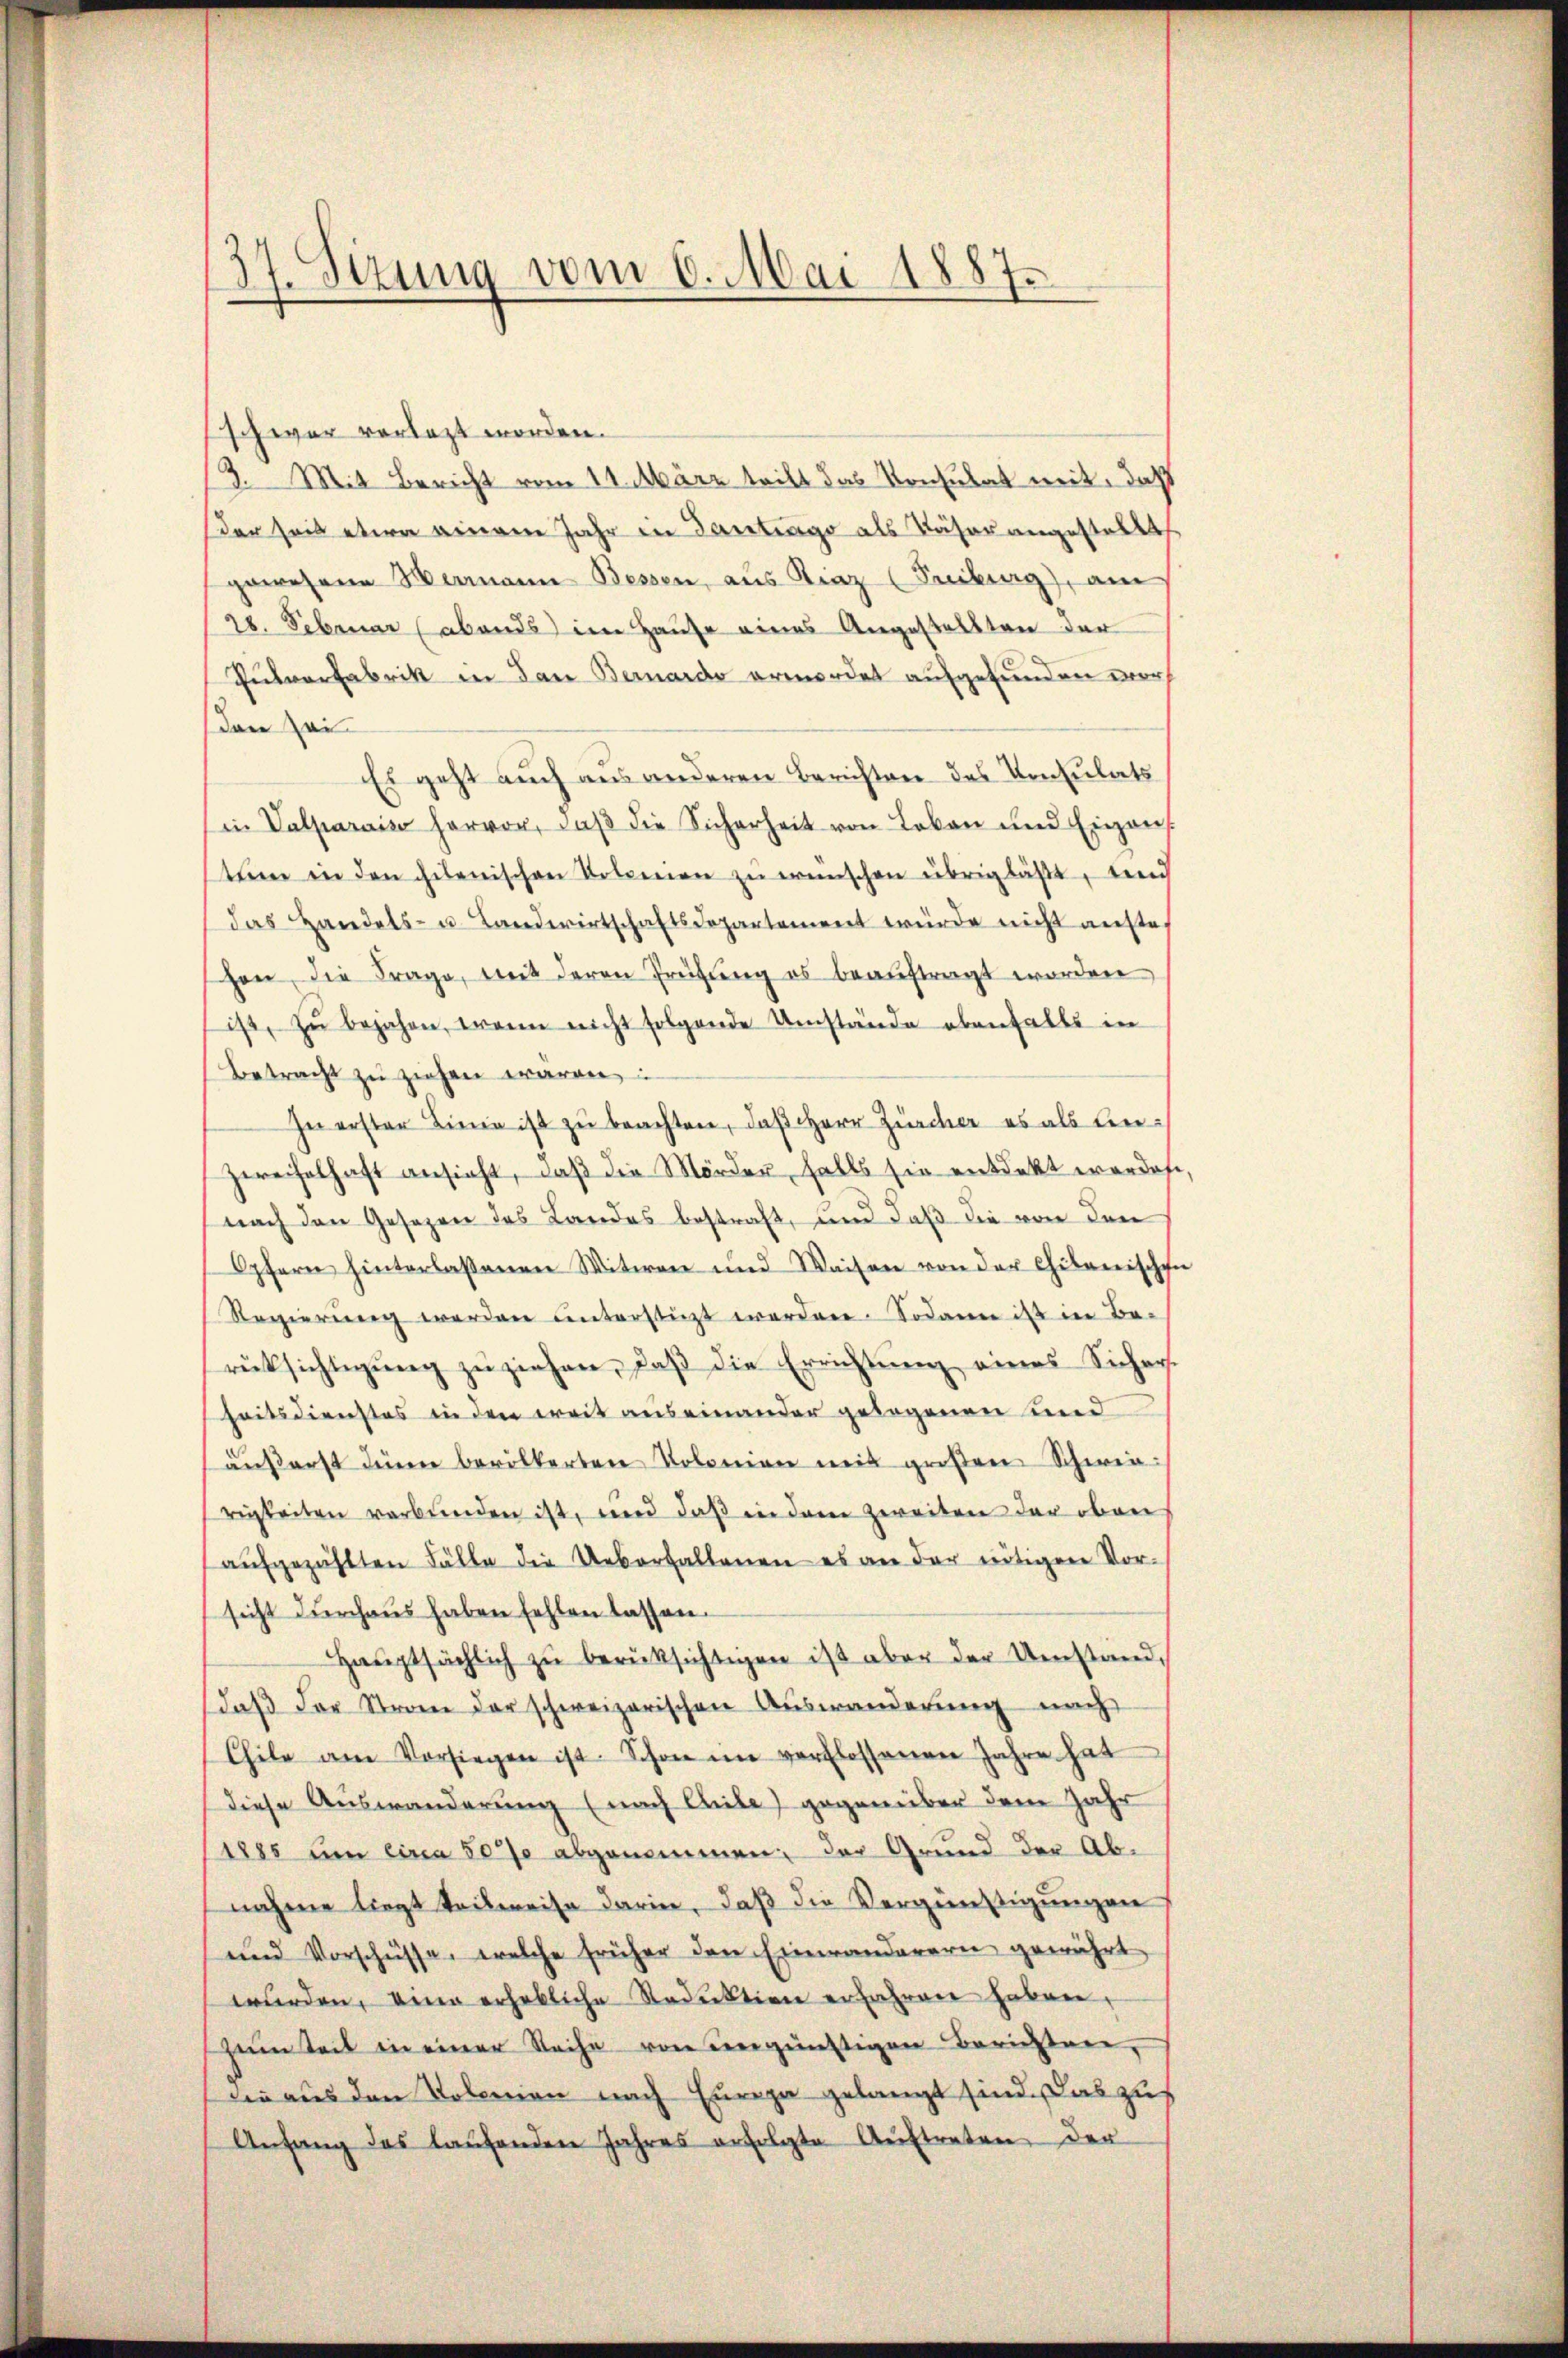
37. Sezung vom 6. Mai 1887.

schwar vorlegt worden.
3. Mit Bericht vom 11. März teilt das Konsulat mit, daß
der seit etwa einem Jahr in Gantrag als Käser angestellt
gewesene Wermann Bessen, aus Kinz (Freiburg), am
28. Februar (abends im Hause eines Angestellten der
Pulverfabrik in dan Bernardo ermordet aufgefunden wor
den sei
Es geht auch aus anderen Berichten des Konsulats
in Valparais hervor, daβ die Sicherheit von Leben und Eigens
tŭm in den hienischen Kolmnen zŭ erünschen übrig läßt, und
das Handels- u. Landwirtschaftsdepartement würde nicht aufte
hen, die Frage, mit deren Prüfŭng es beauftragt worden
ist, zŭ bejahen, wenn nicht folgende Umstände ebenfalls in
Betracht zu ziehen waren,
In erster Linie ist zu beachten, daß Herr Zürcher es als lin¬
Zweifelhaft ansicht, daß die Mörder, falls sie entdekt worden
nach den Gesezen des Landes bestraft, und daß die von den
Opfern hinterlassenen Witwen und Waisen von der Chikanischen
Regierŭng werden unterstüzt werden. Sodann ist in Be-
rüksichtigŭng zŭ ziehen, daβ die Errichtŭng eines Sichers.
heitsdienstes in den ereit auseinander gelegenen und
äŭβerst denen bevölkerten Kolonien mit großen Schwierigkeiten verbŭnden ist, und daβ in dem zweiten der oben
aŭfgezählten Fälle die Ueberhaltenen es an der nötigen Vor-
sicht durchaus haben fehlen lassen.
Haŭptsächlich zŭ berücksichtigen ist aber der Umstanddaβ der Stran der schweizerischen Auswanderŭng nach
Chile am Vorsiegen ist. Schon im verflossenen Jahre hat
diese Auswanderung (nach Chile) gegenüber dem Jahr
1885 um circa 80% abgenommen; der Grund der Abnahme liegt teilweise darin, daß die Vergünstigungen
und Vorschüsse, welche früher den Einwanderern gewährt
wurden, eine erhebliche Reduktion erfahren haben,
zeim Teil in einer Reihe von vergünstigen Berichten,
die aus den Volonien nach Europa gelangt sind. Das zur
Anfang des laŭfenden Jahres erfolgte Aŭftreten der